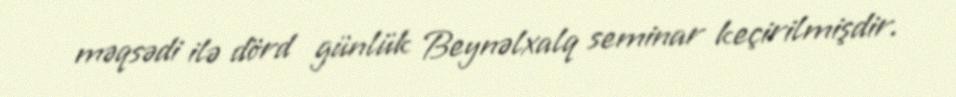
məqsədi ilə dörd günlük Beynəlxalq seminar keçirilmişdir.